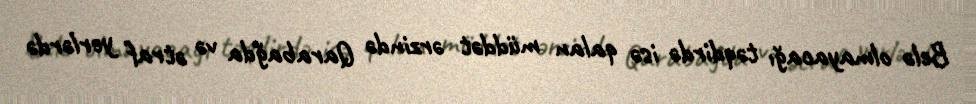
Belə olmayacağı təqdirdə isə qalan müddət ərzində Qarabağda və ətraf yerlərdə